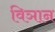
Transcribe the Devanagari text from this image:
विञान